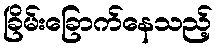
ခြိမ်းခြောက်နေသည့်